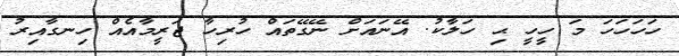
ހަހަހަހަ މަ ހީީހީ ޙި ހަލާކު. އޭނައަށް ނޭގޭތައް ހުރިހާ ޖަރީމާއެއް ހިނގާއިރު